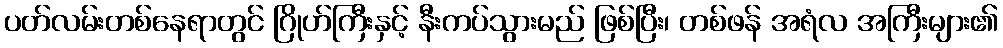
ပတ်လမ်းတစ်နေရာတွင် ဂြိုဟ်ကြီးနှင့် နီးကပ်သွားမည် ဖြစ်ပြီး၊ တစ်ဖန် အရံလ အကြီးများ၏